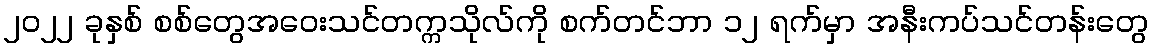
၂၀၂၂ ခုနှစ် စစ်တွေအဝေးသင်တက္ကသိုလ်ကို စက်တင်ဘာ ၁၂ ရက်မှာ အနီးကပ်သင်တန်းတွေ